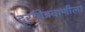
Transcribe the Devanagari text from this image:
दूरचित्रवाणीला